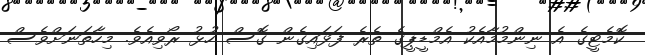
ކޮމެޓީގެ އެ ނިންމުމާއެކު އެމްޑީޕީގެ ތެރެ ފަޅައިގެން ގޮސް ހުޅު ރޯވިއެވެ. މިހާތަނަށްވެސް